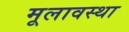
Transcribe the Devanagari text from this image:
मूलावस्था